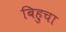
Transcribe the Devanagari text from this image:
बिहुचा